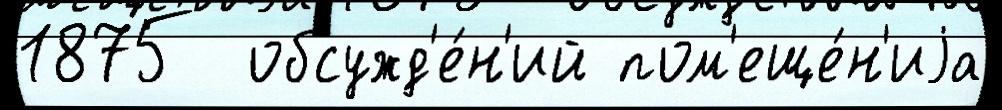
1875  обсужд'е́н'ий пом'еще́н'иjа